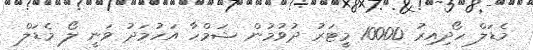
މެޑަލް ހޯދިއިރު 10000 މީޓަރު ދުވުމުން ޝަމްހާ އަހުމަދު ވަނީ ލޯ މެޑަލް